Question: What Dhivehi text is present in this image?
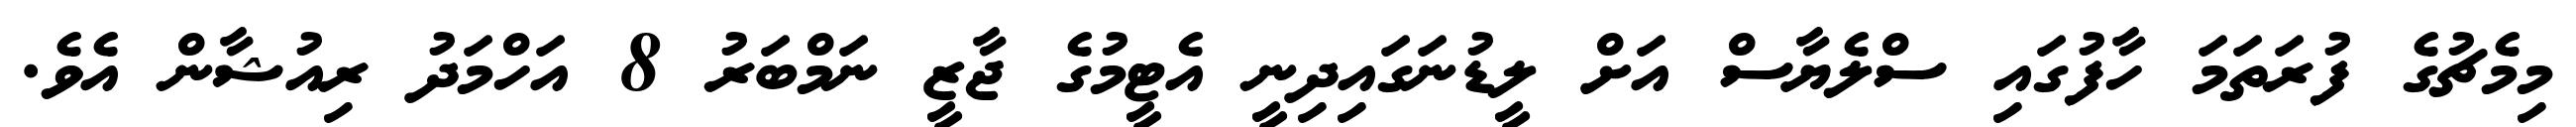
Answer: މިމެޗުގެ ފުރަތަމަ ހާފުގައި ސްލެޔާސް އަށް ލީޑުނަގައިދިނީ އެޓީމުގެ ޖާޒީ ނަމްބަރު 8 އަހްމަދު ރިއުޝާން އެވެ.